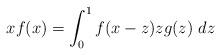
LaTeX: \begin{align*} x f(x) = \int_0^1 f(x-z) z g(z) \ dz\end{align*}